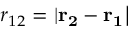
r _ { 1 2 } = | \bf { r _ { 2 } } - \bf { r _ { 1 } } |